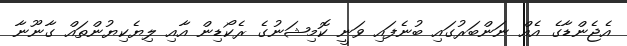
އެޖެންޑާގެ އެއް ނަންބަރުގައި ބުނެފައި ވަނީ ކޮމިޝަނުގެ ރެކޯޑިން އާއި ލިޔެކިޔުންތައް ގާނޫނާ